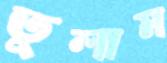
তুলাম